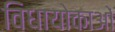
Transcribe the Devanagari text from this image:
विधायोकाओं